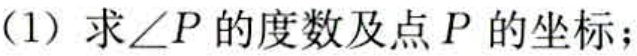
(1) 求\(\angle P\)的度数及点\(P\)的坐标；